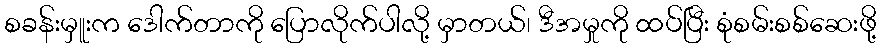
စခန်းမှူးက ဒေါက်တာကို ပြောလိုက်ပါလို့ မှာတယ်၊ ဒီအမှုကို ထပ်ပြီး စုံစမ်းစစ်ဆေးဖို့